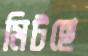
মিটছে